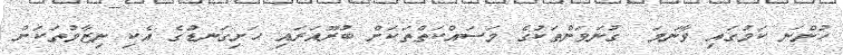
ހުންނަ ކަމުގައި ވާނަމަ  ގުނަވަންތަކުގެ މަސައްކަތްތަކަށް ބުރޫއަރައި ހަށިގަނޑުގެ އެކި ނިޒާމުތަކަށް